Trukikaitis_Postimees, lk 20
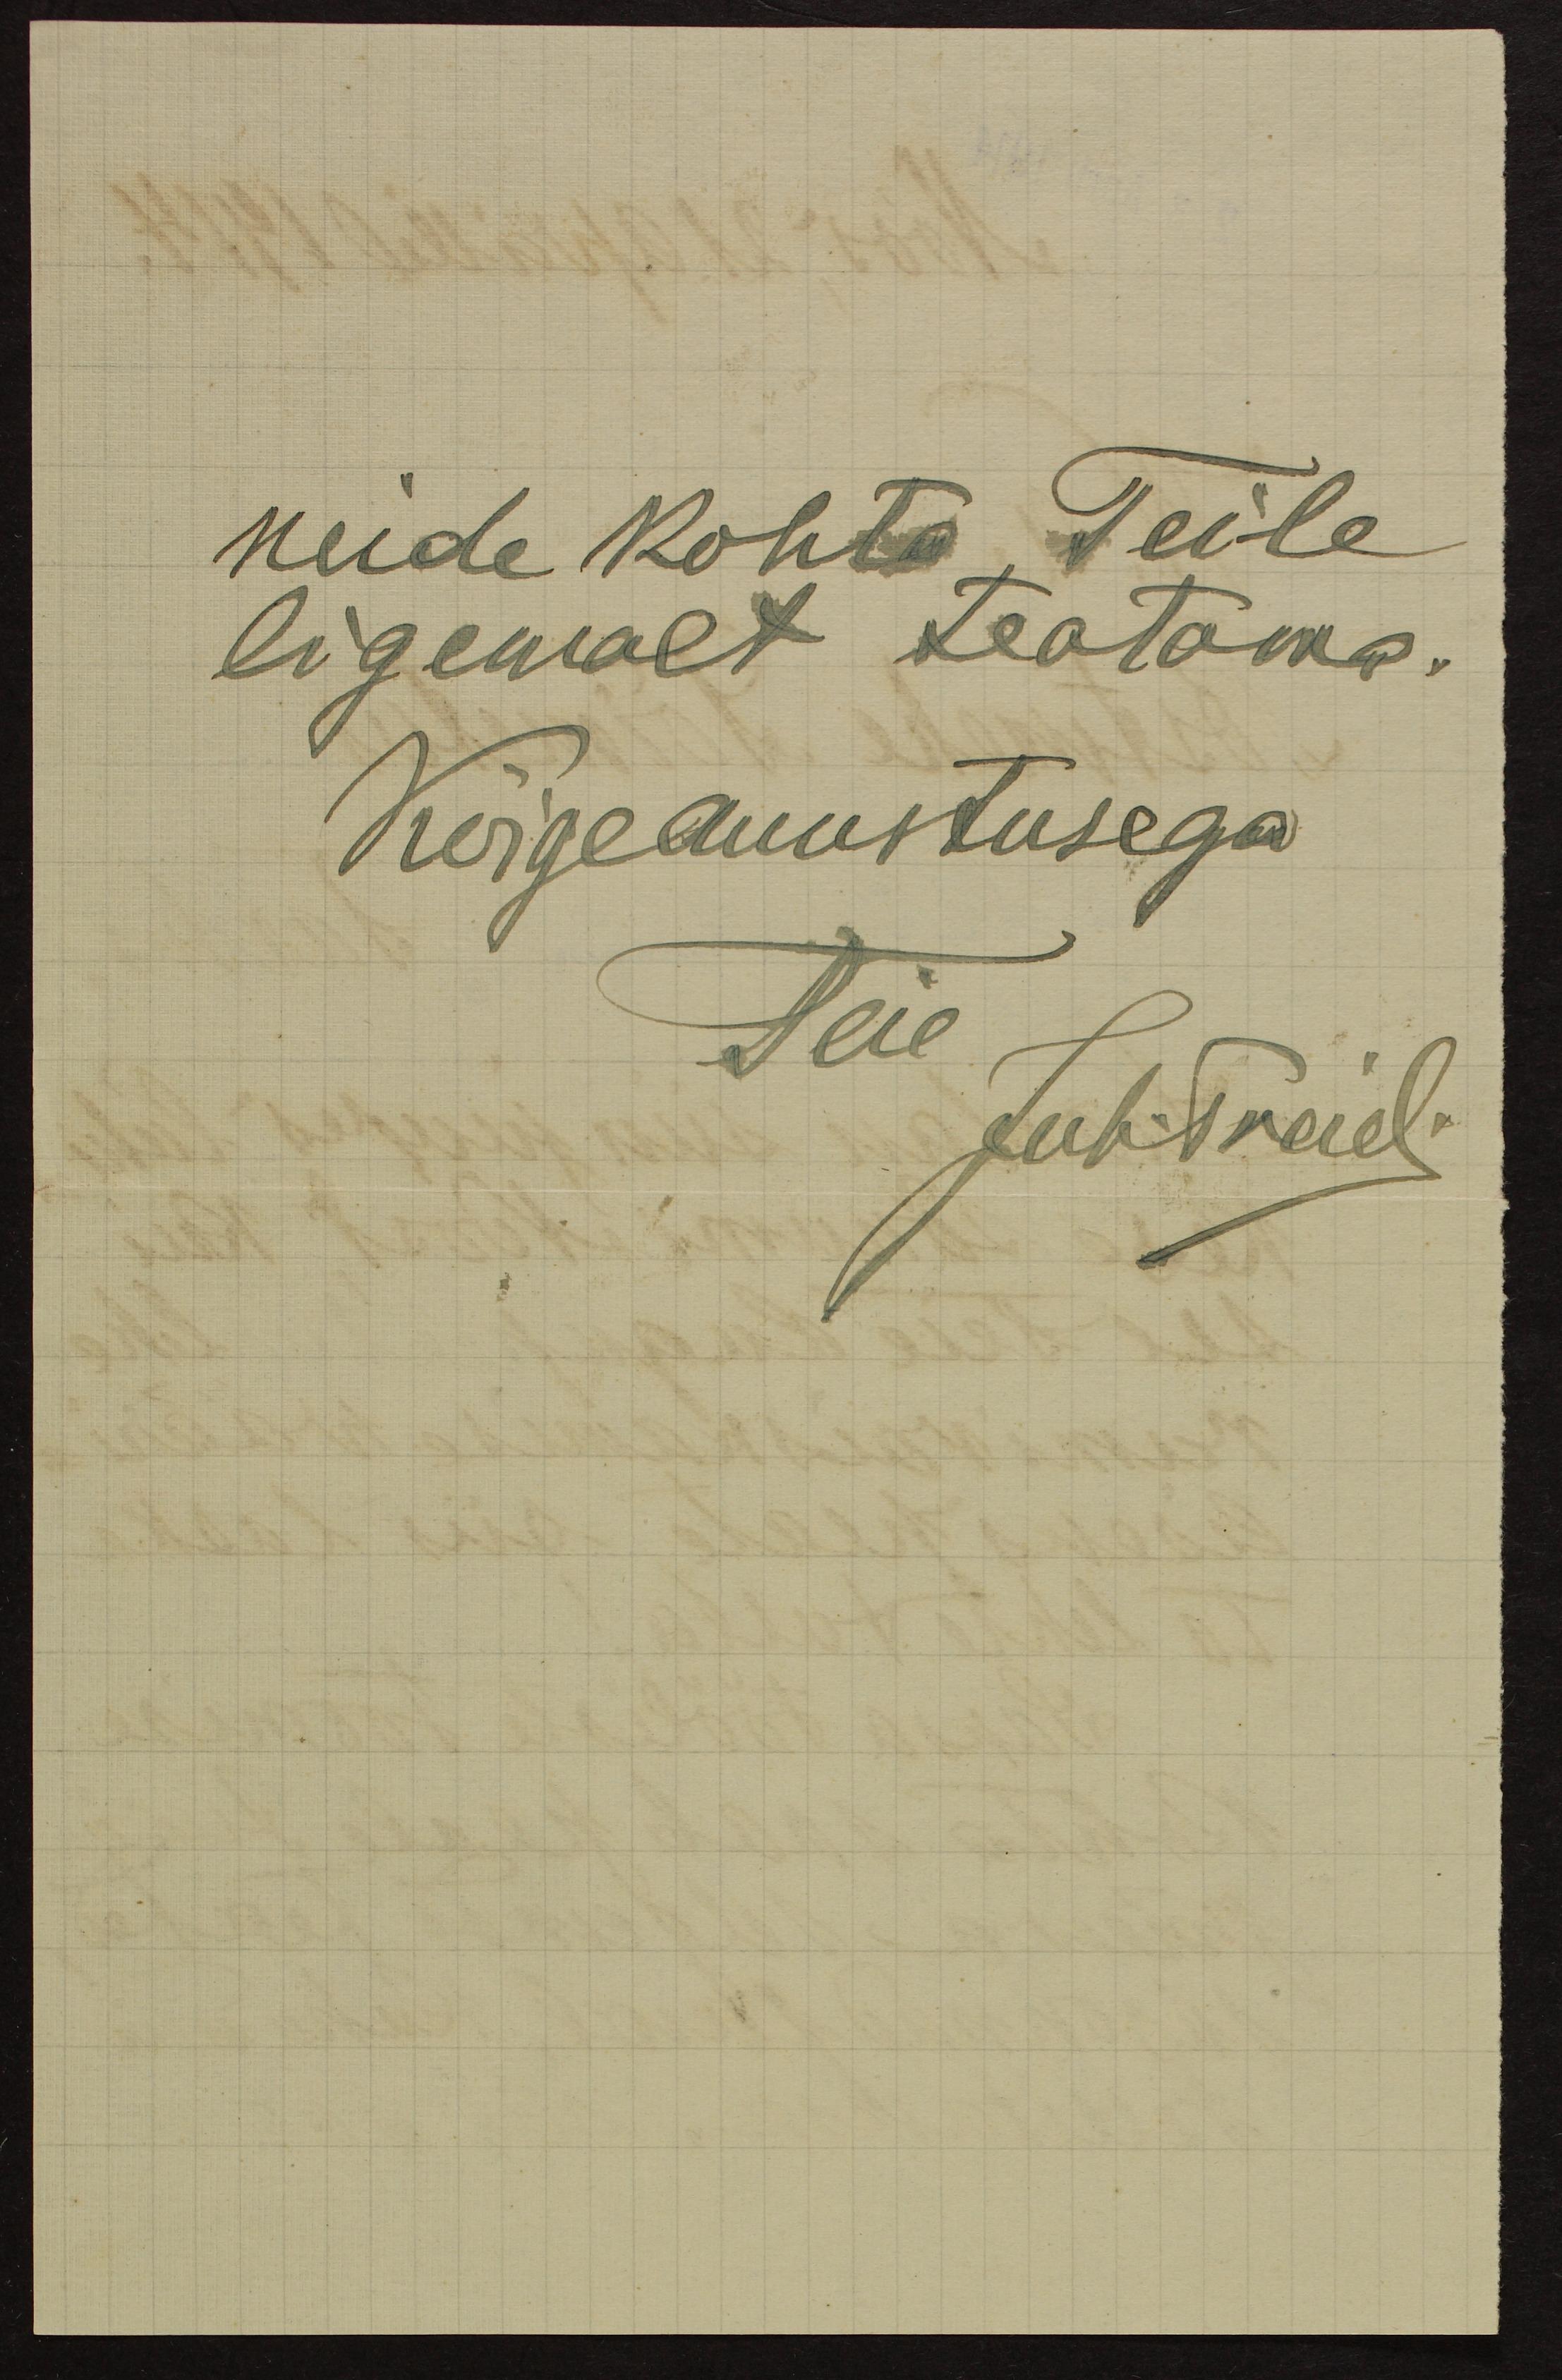
neide kohta Teile
ligemalt teatama.
Kõigeamustusega
Teie
Juh.Treiel.